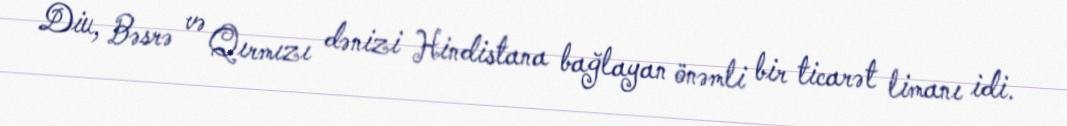
Diu, Bəsrə və Qırmızı dənizi Hindistana bağlayan önəmli bir ticarət limanı idi.